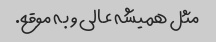
مثل همیشه عالی و به موقع.